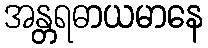
အန္တရဓာယမာနေ